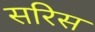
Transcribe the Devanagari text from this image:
सरिस